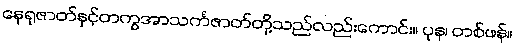
နေရုဇာတ်နှင့်တကွအာသင်္ကဇာတ်တို့သည်လည်းကောင်း။ ပုန၊ တစ်ဖန်။